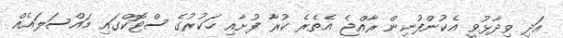
އަދި ވިދާޅުވީ އެކުންފުނިން ރާއްޖެ އެތެރެ ކުރާ ފުށާއި ހަކުރުގެ ސްޓޮކްގައި މައްސަލައެއް